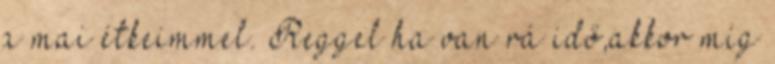
a mai étkeimmel. Reggel ha van rá idő,akkor míg